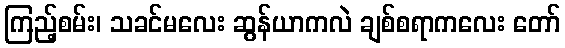
ကြည့်စမ်း၊ သခင်မလေး ဆွန်ယာကလဲ ချစ်စရာကလေး တော်